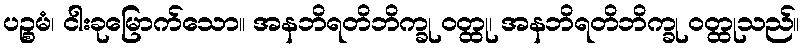
ပဉ္စမံ၊ ငါးခုမြောက်သော။ အနဘိရတိဘိက္ခု ဝတ္ထု၊ အနဘိရတိဘိက္ခု ဝတ္ထုသည်။